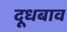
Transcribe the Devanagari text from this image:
दूधबाव